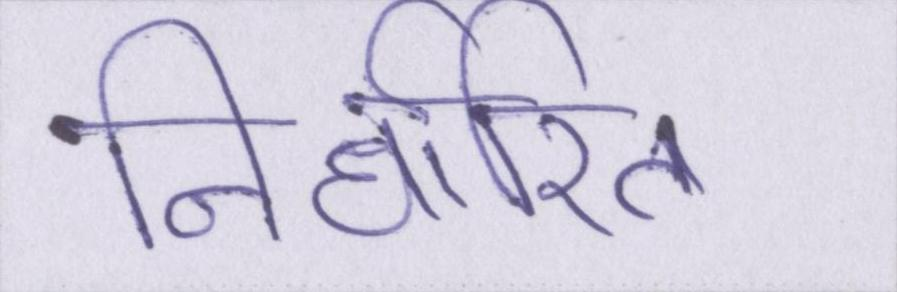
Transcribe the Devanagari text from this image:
निर्धारित